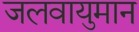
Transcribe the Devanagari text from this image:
जलवायुमान